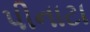
પીનાટા